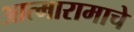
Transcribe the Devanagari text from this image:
आत्मारामाचे